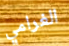
الغرامي